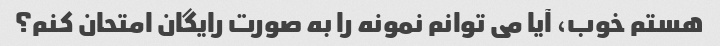
هستم خوب، آیا می توانم نمونه را به صورت رایگان امتحان کنم؟